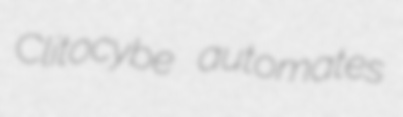
Clitocybe automates